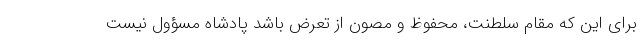
برای این که مقام سلطنت، محفوظ و مصون از تعرض باشد پادشاه مسؤول نیست